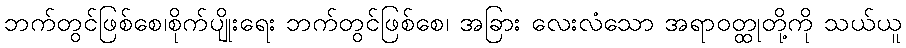
ဘက်တွင်ဖြစ်စေ၊စိုက်ပျိုးရေး ဘက်တွင်ဖြစ်စေ၊ အခြား လေးလံသော အရာဝတ္ထုတို့ကို သယ်ယူ